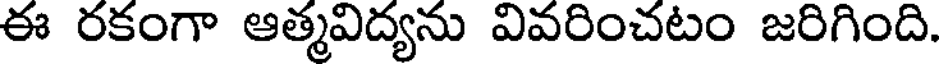
ఈ రకంగా ఆత్మవిద్యను వివరించటం జరిగింది.